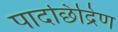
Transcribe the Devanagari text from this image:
पादछिद्रिण